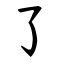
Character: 了